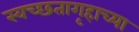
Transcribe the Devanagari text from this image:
स्वच्छतागृहाच्या